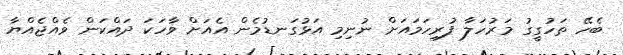
ބެހޭ ތަހުގީގު މަރުހަލާ ފުރިހަމައަށް ނުނިމި އަޅުގަނޑުމެން އެއަށް ވާހަކަ ދައްކަން ވެއްޖެއްޔާ